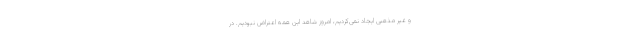
و غیر مذهبی ایجاد نمی‌کردیم، امروز شاهد این همه اعتراض نبودیم. در